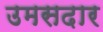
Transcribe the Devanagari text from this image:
उमसदार